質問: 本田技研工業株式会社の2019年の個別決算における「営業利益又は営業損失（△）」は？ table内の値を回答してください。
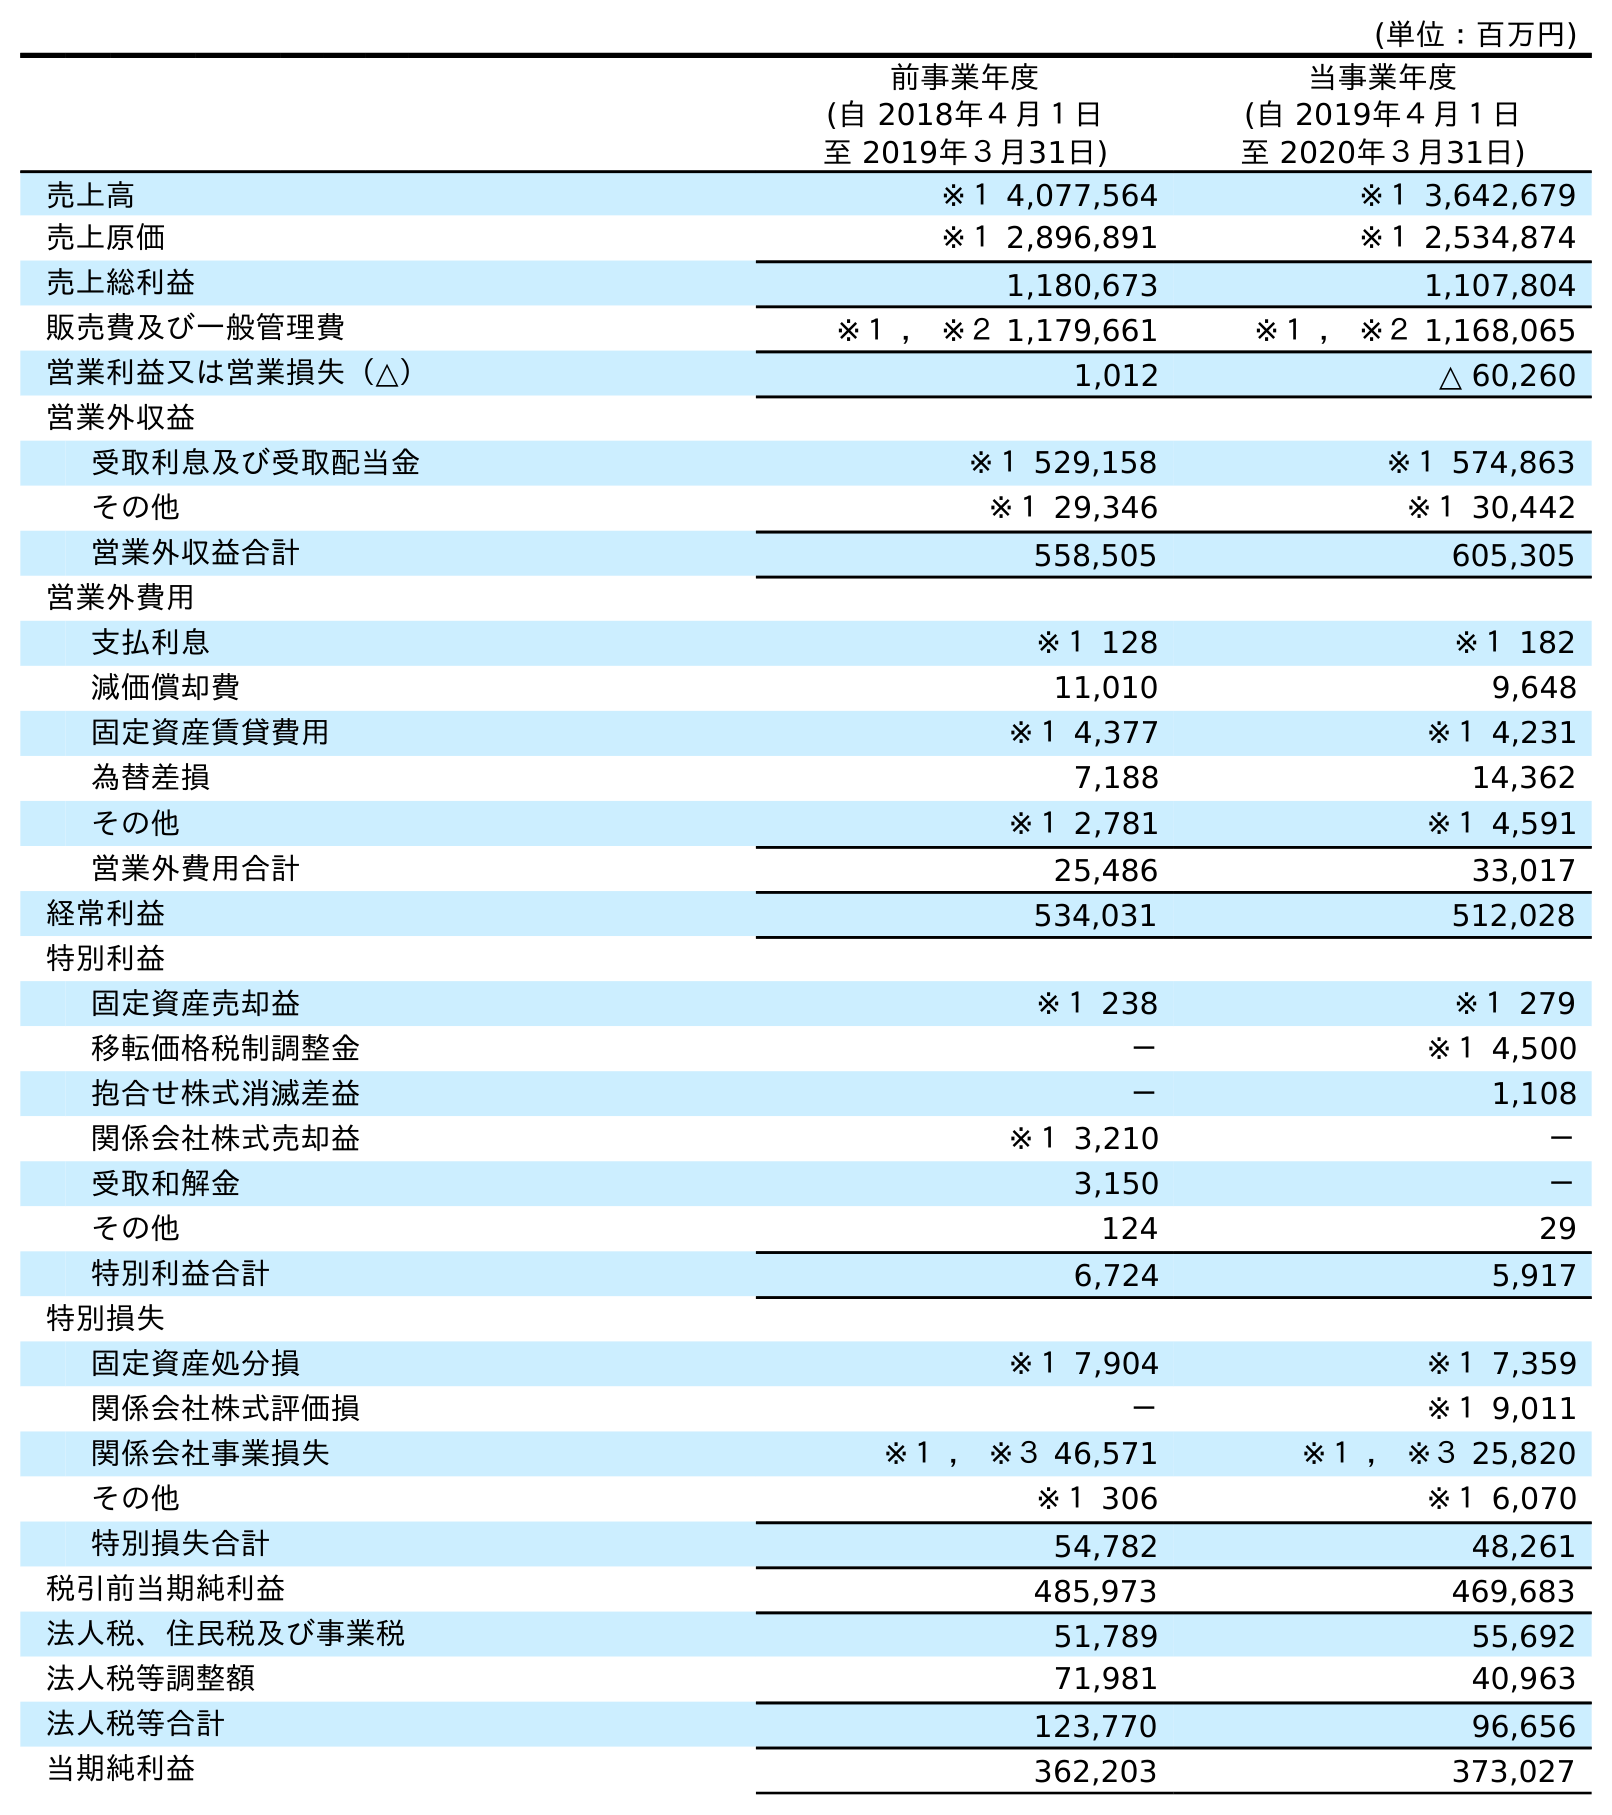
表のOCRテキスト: (単位：百万円) 前事業年度 (自 2018年４月１日 至 2019年３月31日) 当事業年度 (自 2019年４月１日 至 2020年３月31日) 売上高 ※１ 4,077,564 ※１ 3,642,679 売上原価 ※１ 2,896,891 ※１ 2,534,874 売上総利益 1,180,673 1,107,804 販売費及び一般管理費 ※１ ， ※２ 1,179,661 ※１ ， ※２ 1,168,065 営業利益又は営業損失（△） 1,012 △ 60,260 営業外収益 受取利息及び受取配当金 ※１ 529,158 ※１ 574,863 その他 ※１ 29,346 ※１ 30,442 営業外収益合計 558,505 605,305 営業外費用 支払利息 ※１ 128 ※１ 182 減価償却費 11,010 9,648 固定資産賃貸費用 ※１ 4,377 ※１ 4,231 為替差損 7,188 14,362 その他 ※１ 2,781 ※１ 4,591 営業外費用合計 25,486 33,017 経常利益 534,031 512,028 特別利益 固定資産売却益 ※１ 238 ※１ 279 移転価格税制調整金 － ※１ 4,500 抱合せ株式消滅差益 － 1,108 関係会社株式売却益 ※１ 3,210 － 受取和解金 3,150 － その他 124 29 特別利益合計 6,724 5,917 特別損失 固定資産処分損 ※１ 7,904 ※１ 7,359 関係会社株式評価損 － ※１ 9,011 関係会社事業損失 ※１ ， ※３ 46,571 ※１ ， ※３ 25,820 その他 ※１ 306 ※１ 6,070 特別損失合計 54,782 48,261 税引前当期純利益 485,973 469,683 法人税、住民税及び事業税 51,789 55,692 法人税等調整額 71,981 40,963 法人税等合計 123,770 96,656 当期純利益 362,203 373,027
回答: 1,012